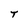
Character: T